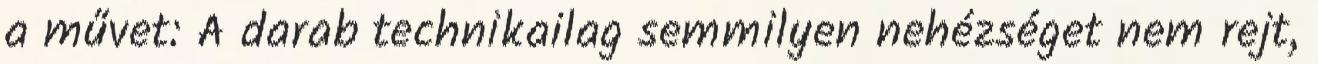
a művet: A darab technikailag semmilyen nehézséget nem rejt,